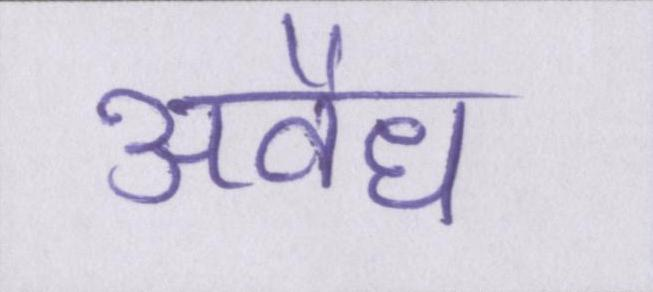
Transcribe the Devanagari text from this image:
अवैध